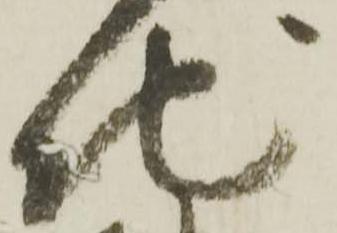
地